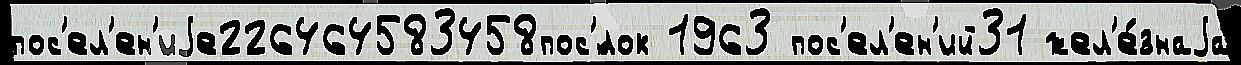
пос'ел'ен'иjе226464583458пос'́лок 1963 пос'ел'ен'ий31 жел'е́знаjа